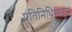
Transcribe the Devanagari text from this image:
प्रतिनिधिम्ण्डल